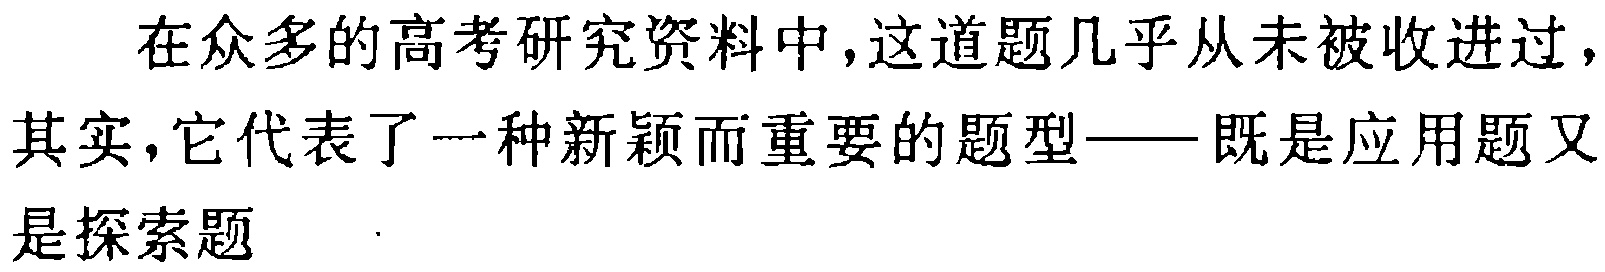
在众多的高考研究资料中,这道题几乎从未被收进过,其实,它代表了一种新颖而重要的题型——既是应用题又是探索题